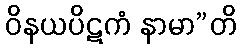
ဝိနယပိဋကံ နာမာ”တိ